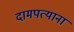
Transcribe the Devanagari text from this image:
दामपत्याना